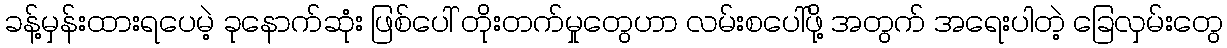
ခန့်မှန်းထားရပေမဲ့ ခုနောက်ဆုံး ဖြစ်ပေါ် တိုးတက်မှုတွေဟာ လမ်းစပေါ်ဖို့ အတွက် အရေးပါတဲ့ ခြေလှမ်းတွေ